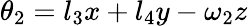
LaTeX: \theta_{2}=l_{3}x+l_{4}y-\omega_{2}z